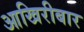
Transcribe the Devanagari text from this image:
आखिरीबार